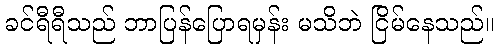
ခင်ရီရီသည် ဘာပြန်ပြောရမှန်း မသိဘဲ ငြိမ်နေသည်။